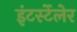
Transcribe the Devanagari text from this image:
इंटर्स्टेलेर